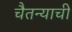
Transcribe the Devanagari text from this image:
चैतन्याची